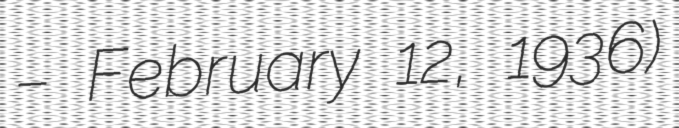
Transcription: – February 12, 1936)